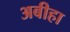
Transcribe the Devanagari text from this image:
अबीहा